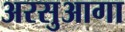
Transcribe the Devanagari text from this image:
अरसुआगा